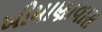
ખીમાણાવાસ